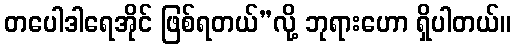
တပေါဒါရေအိုင် ဖြစ်ရတယ်”လို့ ဘုရားဟော ရှိပါတယ်။